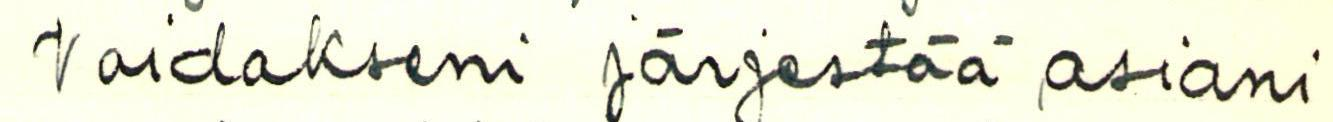
Voidakseni järjestää asiani